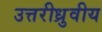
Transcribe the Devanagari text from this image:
उत्तरीध्रुवीय